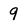
Character: 9